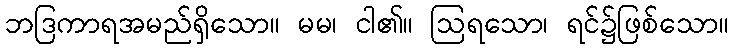
ဘဒြကာရအမည်ရှိသော။ မမ၊ ငါ၏။ ဩရသော၊ ရင်၌ဖြစ်သော။